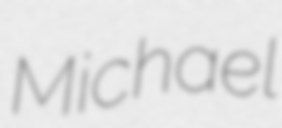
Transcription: Michael